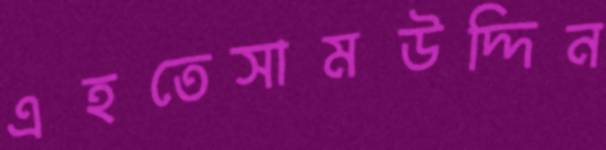
এহতেসামউদ্দিন